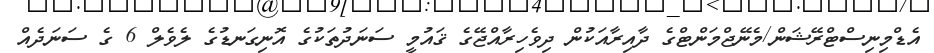
އެޑްމިނިސްޓްރޭޝަން/މެނޭޖްމަންޓްގެ ދާއިރާއަކުން ދިވެހިރާއްޖޭގެ ޤައުމީ ސަނަދުތަކުގެ އޮނިގަނޑުގެ ލެވެލް 6 ގެ ސަނަދެއް